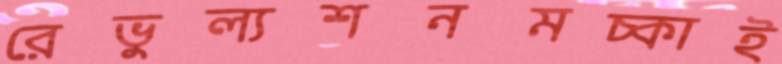
রেভুল্যশনমচ্‌কাই